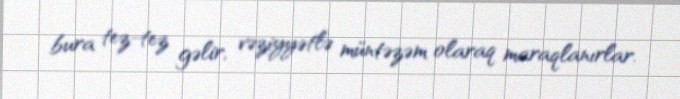
bura tez-tez gəlir, vəziyyətlə müntəzəm olaraq maraqlanırlar.